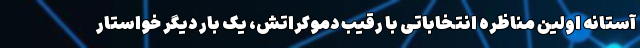
آستانه اولین مناظره انتخاباتی با رقیب دموکراتش، یک بار دیگر خواستار